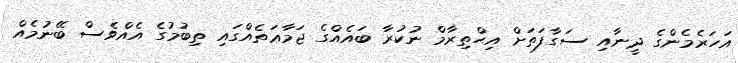
އަހަރެމެންގެ ދީނާއި ސަގާފަތަށް އިޙްތިރާމް ނުކުރާ ބައެއްގެ ޖަމާޢަތެއްގައި ތިބުމުގެ އެއްވެސް ބޭނުމެއް